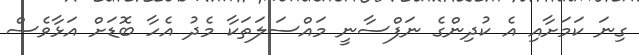
ގިނަ ކަމަށާއި އެ ކުދިންގެ ނަފްސާނީ މައްސަލަތަކާ މެދު އެހާ ބޮޑަށް އަޅާވެސް